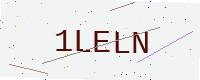
Text: 1LELN